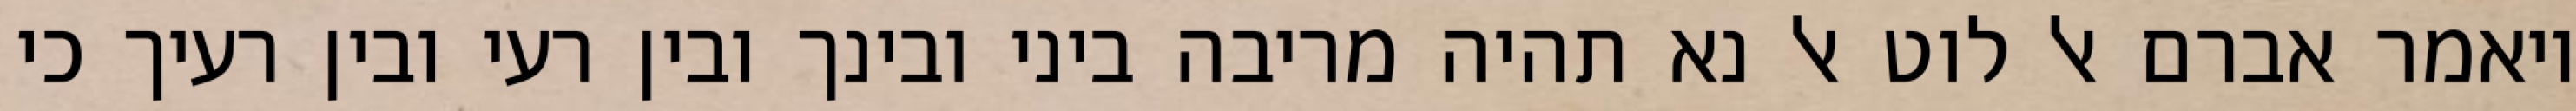
ויאמר אברם אל לוט אל נא תהיה מריבה ביני ובינך ובין רעי ובין רעיך כי